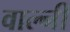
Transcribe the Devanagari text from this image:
वाल्नी